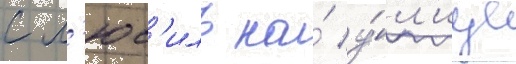
с л'юс'иль на́ у́л'ице